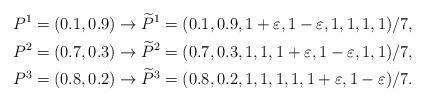
LaTeX: \begin{align*}&P^1=(0.1,0.9)\rightarrow\widetilde{P}^1=(0.1,0.9,1+\varepsilon,1-\varepsilon,1,1,1,1)/7,\\&P^2=(0.7,0.3)\rightarrow\widetilde{P}^2=(0.7,0.3,1,1,1+\varepsilon,1-\varepsilon,1,1)/7,\\&P^3=(0.8,0.2)\rightarrow\widetilde{P}^3=(0.8,0.2,1,1,1,1,1+\varepsilon,1-\varepsilon)/7.\end{align*}